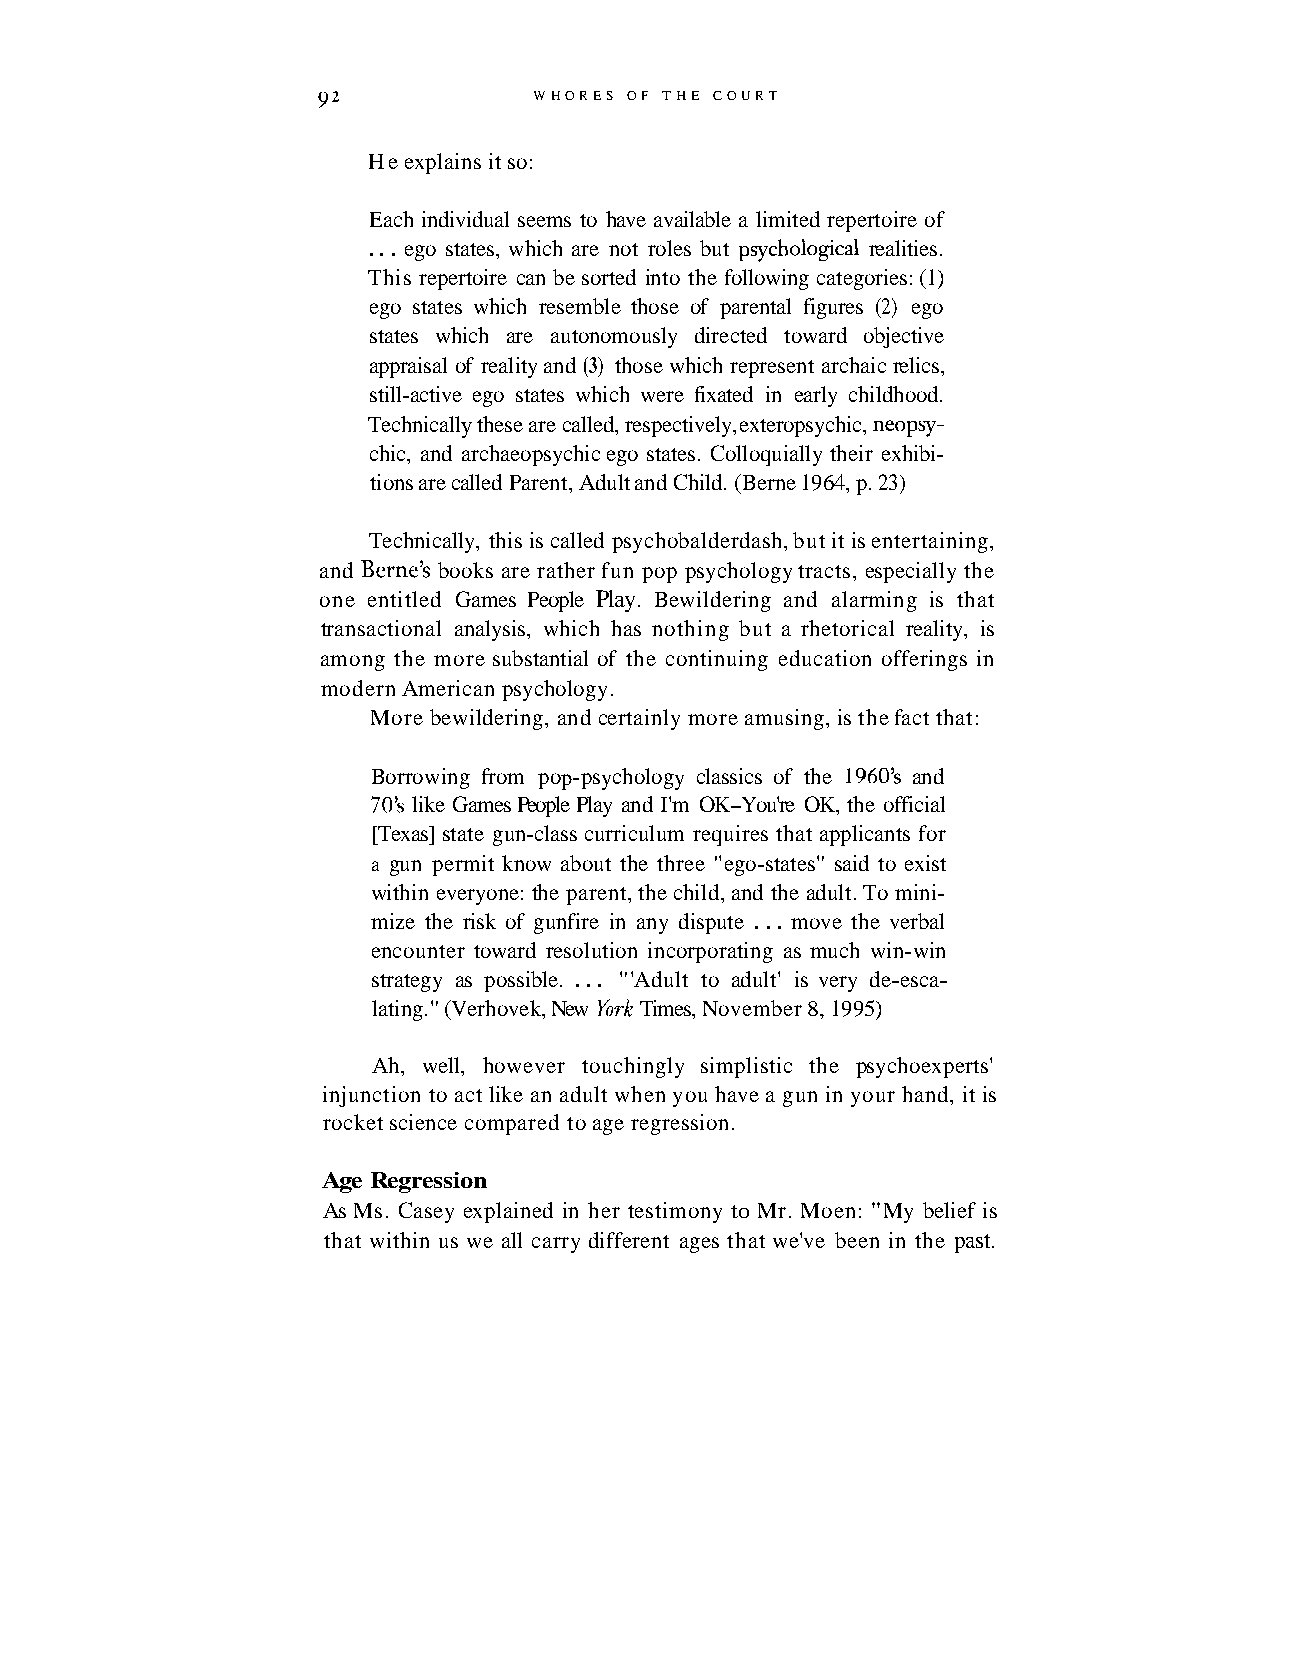
92            WHORES OF THE COURT
 He explains it so:
 Each individual seems to have available a limited repertoire of
 . . . ego states, which are not roles but psychological realities.
 This repertoire can be sorted into the following categories: (1)
 ego states which resemble those of parental figures (2) ego
 states which are autonomously directed toward objective
 appraisal of reality and (3) those which represent archaic relics,
 still-active ego states which were fixated in early childhood.
 Technically these are called, respectively, exteropsychic, neopsy-
 chic, and archaeopsychic ego states. Colloquially their exhibi-
 tions are called Parent, Adult and Child. (Berne 1964, p. 23)
 Technically, this is called psychobalderdash, but it is entertaining,
 and Berne's books are rather fun pop psychology tracts, especially the
 one entitled Games People Play. Bewildering and alarming is that
 transactional analysis, which has nothing but a rhetorical reality, is
 among the more substantial of the continuing education offerings in
 modern American psychology.
 More bewildering, and certainly more amusing, is the fact that:
 Borrowing from pop-psychology classics of the 1960's and
 70's like Games People Play and I'm OK-You're OK, the official
 [Texas] state gun-class curriculum requires that applicants for
 a gun permit know about the three "ego-states" said to exist
 within everyone: the parent, the child, and the adult. To mini-
 mize the risk of gunfire in any dispute . . . move the verbal
 encounter toward resolution incorporating as much win-win
 strategy as possible. . . . "'Adult to adult' is very de-esca-
 lating." (Verhovek, New York Times, November 8, 1995)
 Ah, well, however touchingly simplistic the psychoexperts'
 injunction to act like an adult when you have a gun in your hand, it is
 rocket science compared to age regression.
 Age Regression
 As Ms. Casey explained in her testimony to Mr. Moen: "My belief is
 that within us we all carry different ages that we've been in the past.